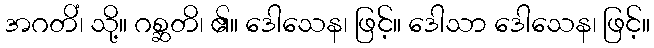
အဂတိံ၊ သို့။ ဂစ္ဆတိ၊ ၏။ ဒေါသေန၊ ဖြင့်။ ဒေါသာ ဒေါသေန၊ ဖြင့်။